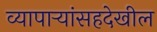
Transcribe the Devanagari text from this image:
व्यापार्‍यांसहदेखील